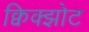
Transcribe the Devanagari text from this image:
क्विक्झोट